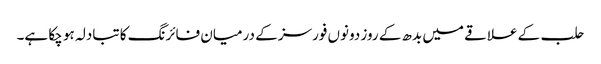
حلب کے علاقے میں بدھ کے روز دونوں فورسز کے درمیان فائرنگ کا تبادلہ ہو چکا ہے۔